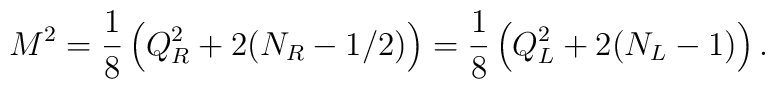
M^2=\frac{1}{8}\left(Q^2_R+2(N_R-1/2)\right)=\frac{1}{8}\left(Q_L^2+2(N_L-1)\right).